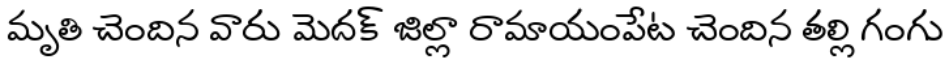
మృతి చెందిన వారు మెదక్ జిల్లా రామాయంపేట చెందిన తల్లి గంగు